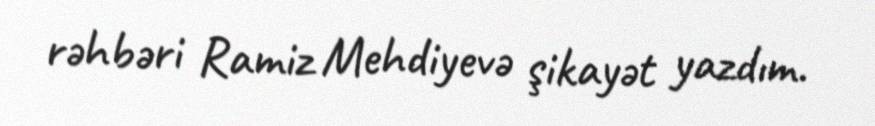
rəhbəri Ramiz Mehdiyevə şikayət yazdım.